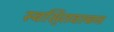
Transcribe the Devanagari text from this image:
स्वसि्तवाचन